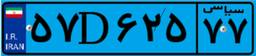
۶۹D۱۱۴۷۷